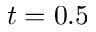
t = 0 . 5